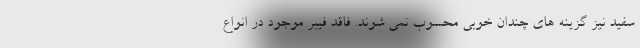
سفید نیز گزینه های چندان خوبی محسوب نمی شوند. فاقد فیبر موجود در انواع